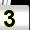
Digit: 3